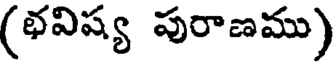
(భవిష్య పురాణము)